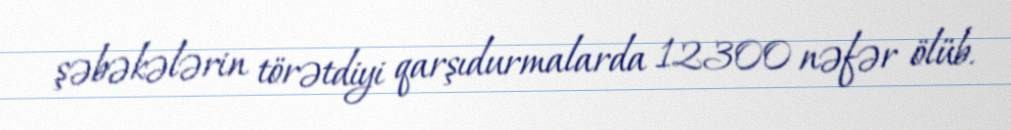
şəbəkələrin törətdiyi qarşıdurmalarda 12300 nəfər ölüb.